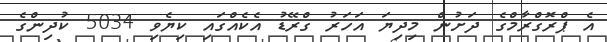
އެ ޕްރޮގްރާމްގެ ދަށުން މިދިޔަ އަހަރު ގްރޭޑު އެކެއްގައި ކިޔެވި 5034 ކުދިންގެ